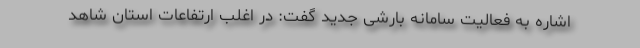
اشاره به فعالیت سامانه بارشی جدید گفت: در اغلب ارتفاعات استان شاهد